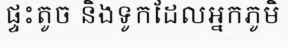
ផ្ទះតូច និងទូកដែលអ្នកភូមិ